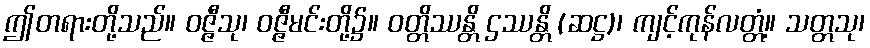
ဤတရားတို့သည်။ ဝဇ္ဇီသု၊ ဝဇ္ဇီမင်းတို့၌။ ဝတ္တိဿန္တိ ဌဿန္တိ (ဆဋ္ဌ)၊ ကျင့်ကုန်လတ္တံ့။ သတ္တသု၊